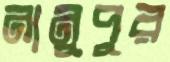
নানুপুর